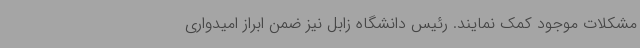
مشکلات موجود کمک نمایند. رئیس دانشگاه زابل نیز ضمن ابراز امیدواری